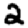
Digit: 2